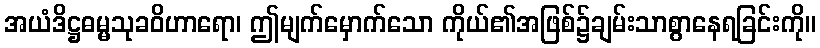
အယံဒိဋ္ဌဓမ္မသုခဝိဟာရော၊ ဤမျက်မှောက်သော ကိုယ်၏အဖြစ်၌ချမ်းသာစွာနေရခြင်းကို။